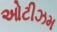
ઓટીઝમ